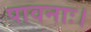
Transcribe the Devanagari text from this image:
पावनाः।